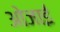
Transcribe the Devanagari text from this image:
ओजाई